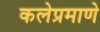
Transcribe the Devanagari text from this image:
कलेप्रमाणे